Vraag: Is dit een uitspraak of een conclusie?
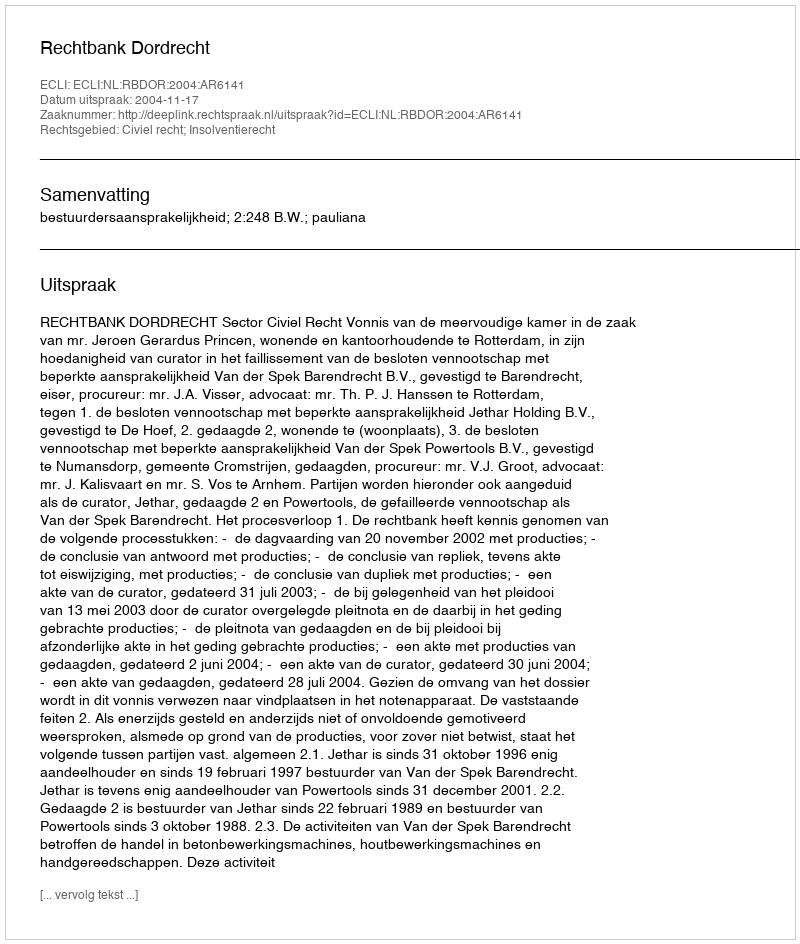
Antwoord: Uitspraak